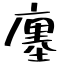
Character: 廛